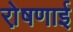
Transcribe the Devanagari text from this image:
रो़षणाई